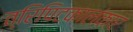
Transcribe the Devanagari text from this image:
त्रिपिटकालंकार